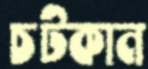
চটকান